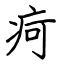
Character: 疴